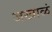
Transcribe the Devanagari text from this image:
जखाळं